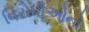
વિરોધીઓનો